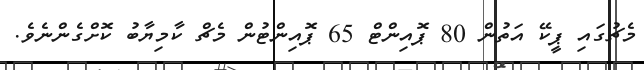
މެޗުގައި ޕީކޭ އަތުން 80 ޕޮއިންޓް 65 ޕޮއިންޓުން މެޗް ކާމިޔާބު ކޮށްގެންނެވެ.